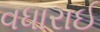
વધારાઈ